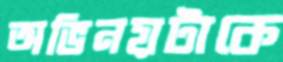
অভিনয়টাকে